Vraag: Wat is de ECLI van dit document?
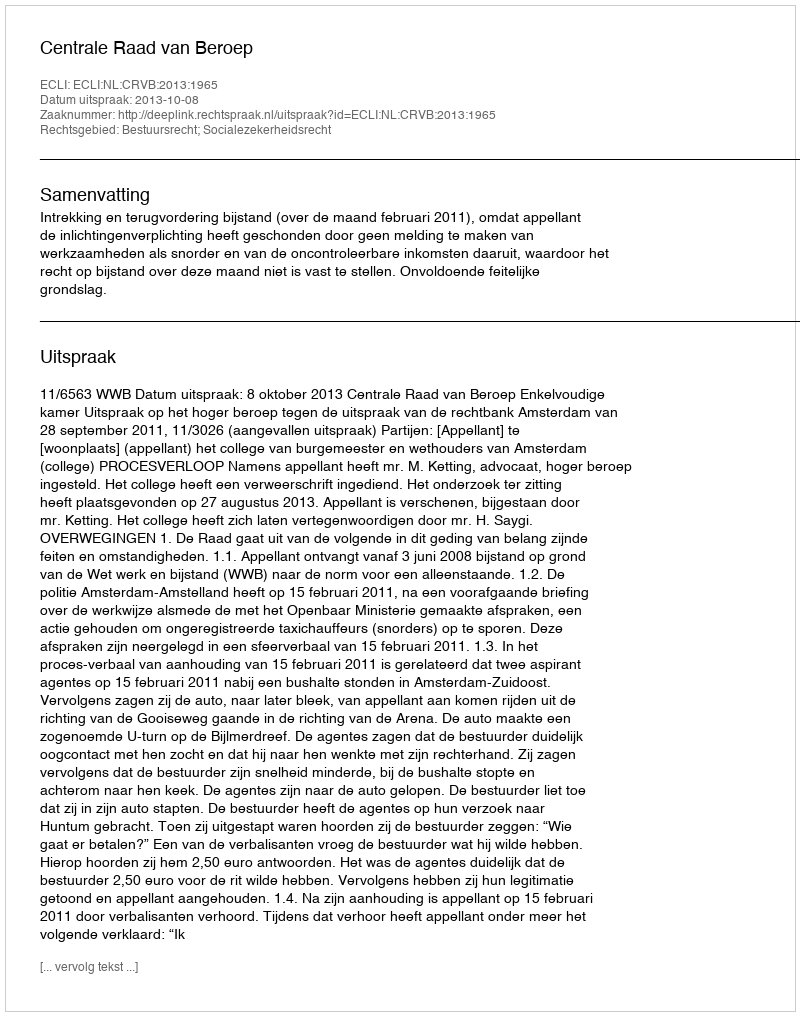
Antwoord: ECLI:NL:CRVB:2013:1965